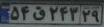
۵۴ق۲۴۳۲۹